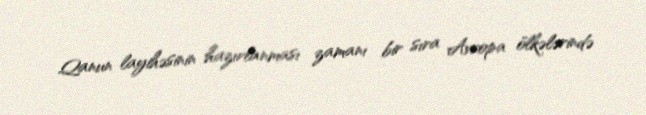
Qanun layihəsinin hazırlanması zamanı bir sıra Avropa ölkələrində